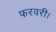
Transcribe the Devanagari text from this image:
फरवरी।